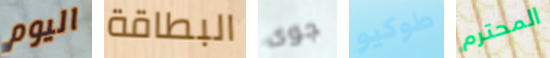
اليوم البطاقة جوى طوكيو المحترم